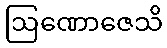
ဩဏောဇေသိ